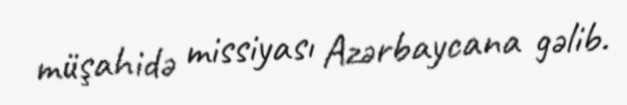
müşahidə missiyası Azərbaycana gəlib.